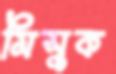
মিসুক